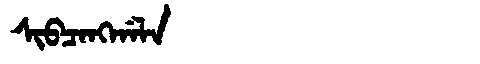
Manchu: ᠰᡳᠪᠴᠠᠩᡤᠠᠯᠠ
Romanization: SIBCANGGALA